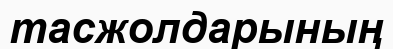
тасжолдарының